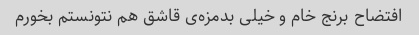
افتضاح برنج خام و خیلی بدمزه‌ی قاشق هم نتونستم بخورم